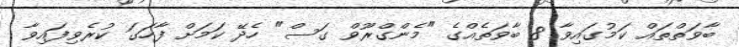
ބާވަތްތައް ކަމުގައިވާ 8 ބާވަތެއްގެ "މެންގްރޫވް ގަސް" ހެދޭ ކަމަށް ފާހަގަ ކުރެވިފައިވާ